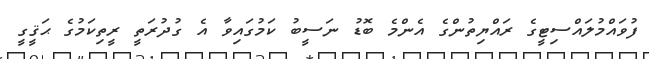
ފުވައްމުލައްސިޓީގެ ރައްޔިތުންގެ އެންމެ ބޮޑު ނަސީބު ކަމުގައިވާ އެ ގުދުރަތީ ރީތިކަމުގެ ޙަޤީގީ